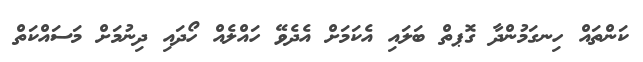
ކަންތައް ހިނގަމުންދާ ގޮޕތް ބަލައި އެކަމަށް އެދެވޭ ހައްލެއް ހޯދައި ދިނުމަށް މަސައްކަތް